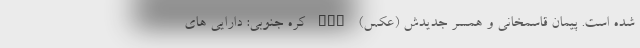
شده است. پیمان قاسمخانی و همسر جدیدش (عکس) nan کره جنوبی: دارایی های